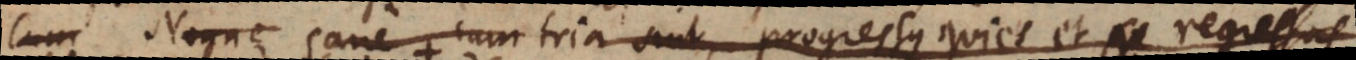
c) Sane cum tria sint, progressus quies et regressus